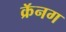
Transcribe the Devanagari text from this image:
क्रॅनग